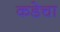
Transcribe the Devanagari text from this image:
कडेचा